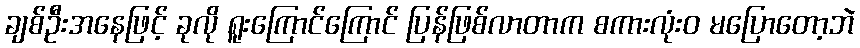
ချစ်ဦးအနေဖြင့် ခုလို ရူးကြောင်ကြောင် ပြန်ဖြစ်လာတာက စကားလုံးဝ မပြောတော့ဘဲ